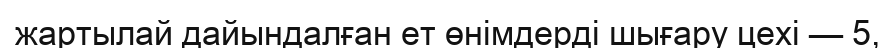
жартылай дайындалған ет өнімдерді шығару цехі — 5,